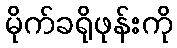
မိုက်ခရိုဖုန်းကို